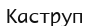
Каструп